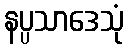
နပ္ပသာဒေသုံ